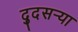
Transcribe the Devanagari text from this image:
द्दुसर्‍या